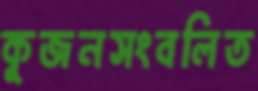
কূজনসংবলিত